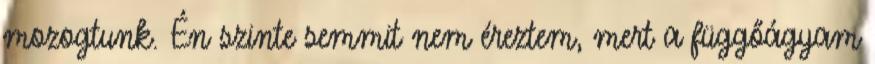
mozogtunk. Én szinte semmit nem éreztem, mert a függőágyam